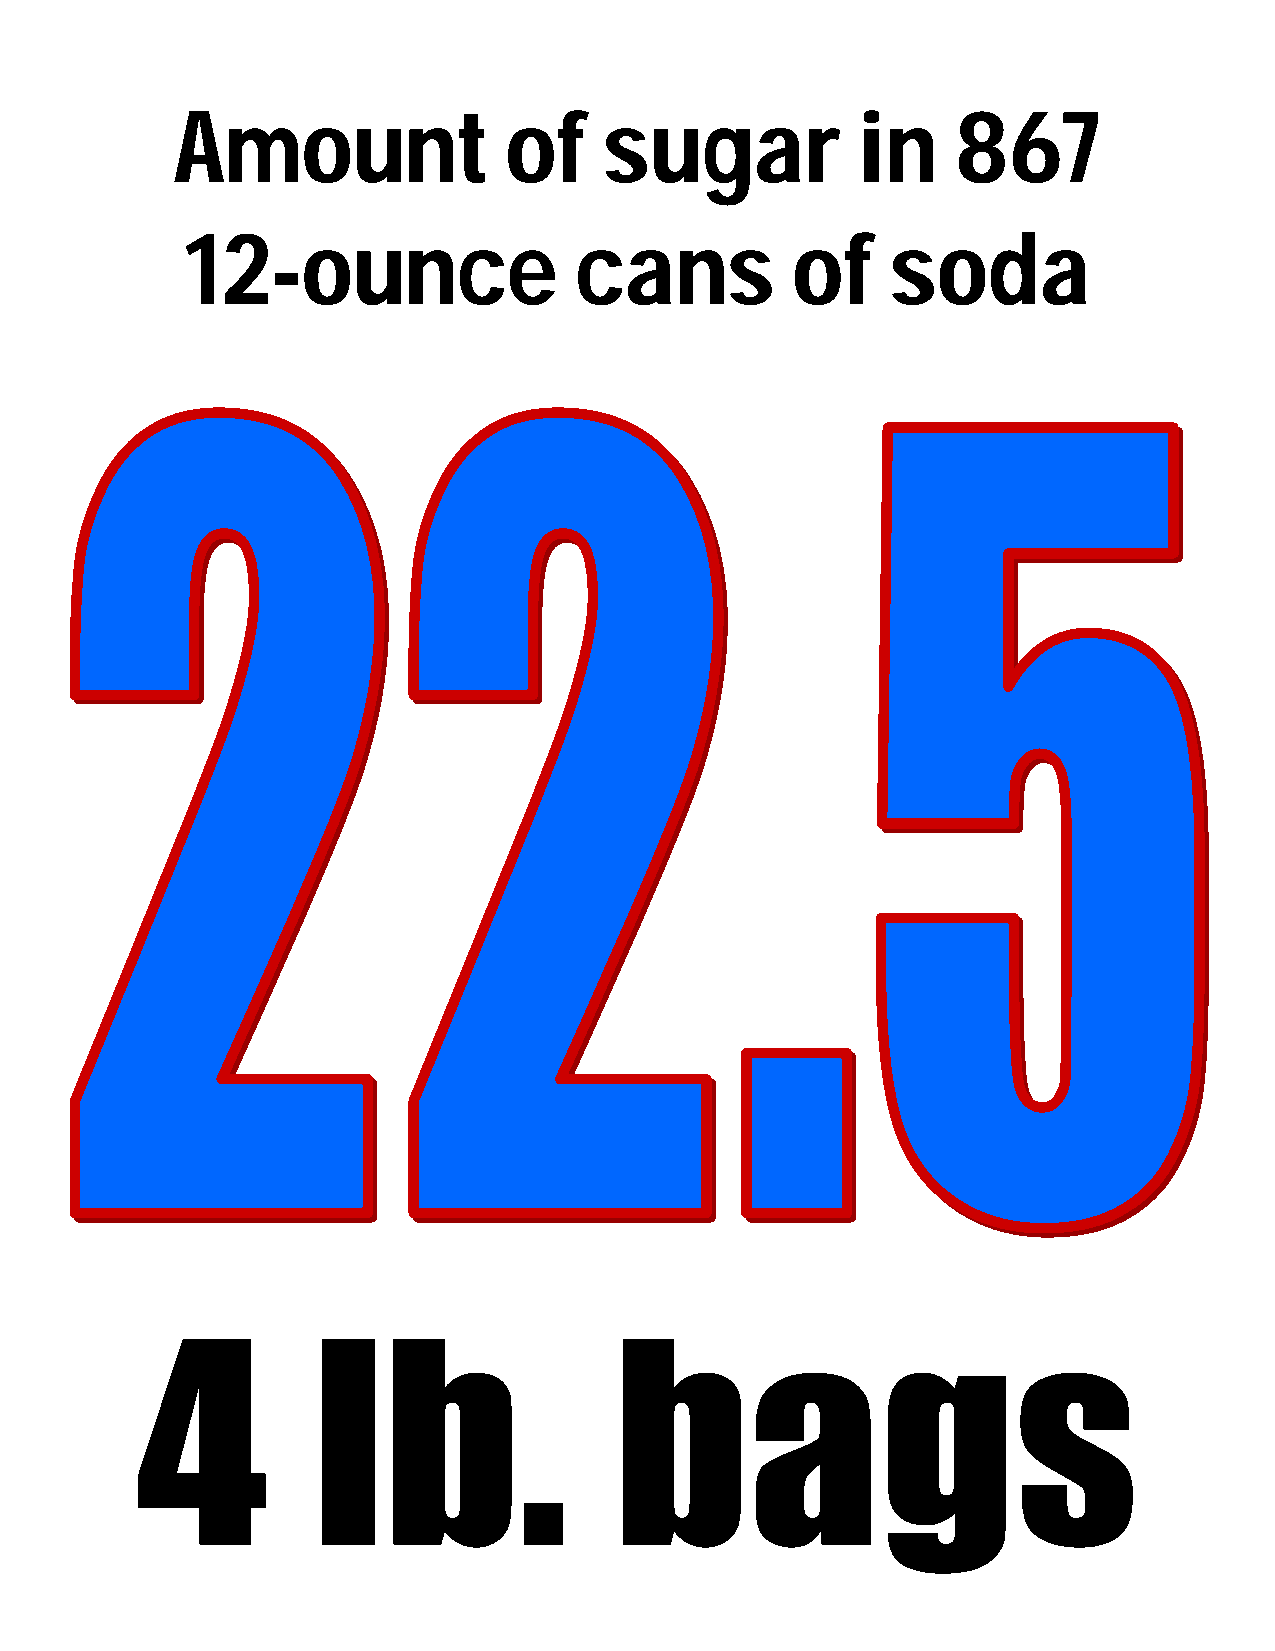
Amount               of     sugar            in    867
 12-ounce                  cans          of     soda